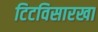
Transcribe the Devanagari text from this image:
टिटविसारखा